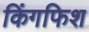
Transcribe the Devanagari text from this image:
किंगफिश